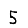
Digit: 5